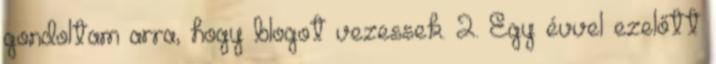
gondoltam arra, hogy blogot vezessek. 2. Egy évvel ezelőtt